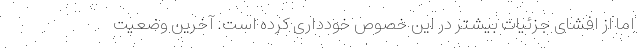
اما از افشای جزئیات بیشتر در این خصوص خودداری کرده است. آخرین وضعیت